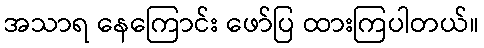
အသာရ နေကြောင်း ဖော်ပြ ထားကြပါတယ်။